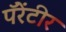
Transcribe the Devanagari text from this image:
पॅरेंटीर